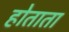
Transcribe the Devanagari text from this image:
होताता